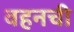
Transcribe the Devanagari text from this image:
वहनची